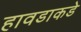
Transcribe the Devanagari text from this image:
हावडाकडे